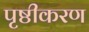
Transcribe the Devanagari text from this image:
पृष्ठीकरण